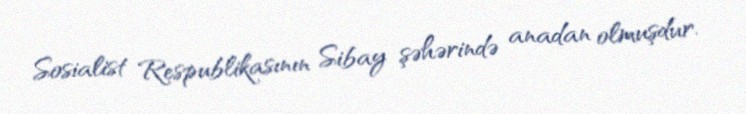
Sosialist Respublikasının Sibay şəhərində anadan olmuşdur.